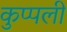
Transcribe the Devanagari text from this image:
कुप्पली